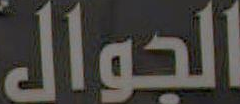
الجوال